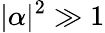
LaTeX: |\alpha|^{2}\gg 1